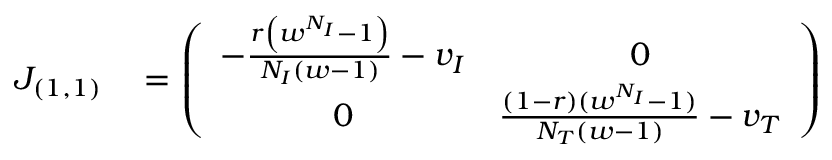
\begin{array} { r l } { J _ { ( 1 , 1 ) } } & { { } = \left( \begin{array} { c c } { - \frac { r \left( w ^ { N _ { I } } - 1 \right) } { N _ { I } ( w - 1 ) } - v _ { I } } & { 0 } \\ { 0 } & { \frac { ( 1 - r ) ( w ^ { N _ { I } } - 1 ) } { N _ { T } ( w - 1 ) } - v _ { T } } \end{array} \right) } \end{array}